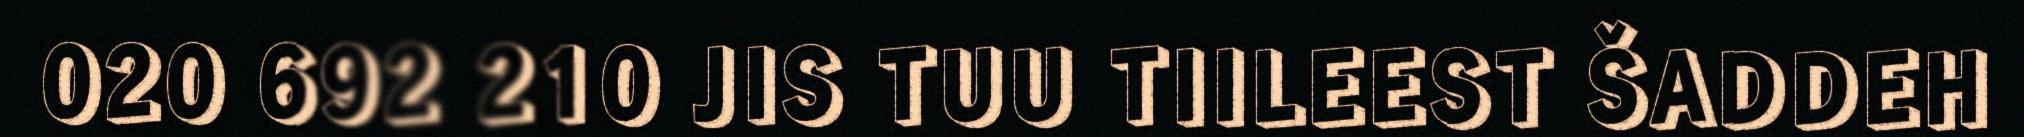
020 692 210 JIS TUU TIILEEST ŠADDEH